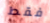
فقط